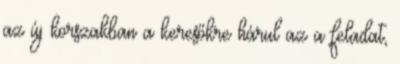
az új korszakban a keresőkre hárul az a feladat,